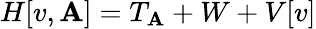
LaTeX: H[v,\mathbf{A}]=T_{\mathbf{A}}+W+V[v]